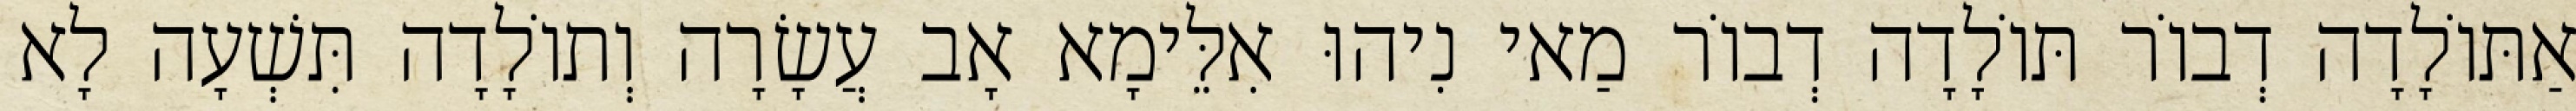
אַתּוֹלָדָה דְבוֹר תּוֹלָדָה דְבוֹר מַאי נִיהוּ אִלֵּימָא אָב עֲשָׂרָה וְתוֹלָדָה תִּשְׁעָה לָא